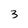
Character: 3